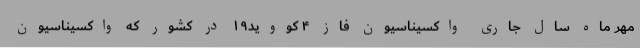
مهر ماه سال جاری واکسیناسیون فاز ۴ کووید۱۹ در کشور که واکسیناسیون